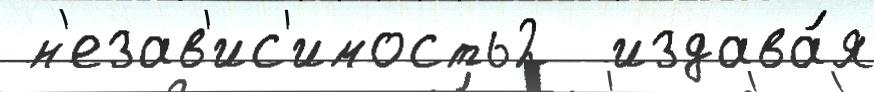
 н'езав'ис'имость2  издава́я